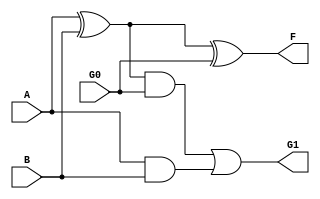
module bitadd(F, G1, A, B, G0);
	input A, B, G0;
	output F, G1;
	wire xor0, and0, xor1, and1;
	
	xor (xor0, A, B);
	and (and0, A, B);
	xor (F, xor0, G0);
	and (and1, xor0, G0);
	or (G1, and1, and0);
	
endmodule